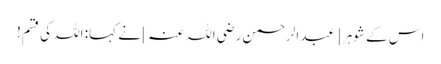
اس کے شوہر [عبدالرحمن رضی اللہ عنہ ] نے کہا: اللہ کی قسم!